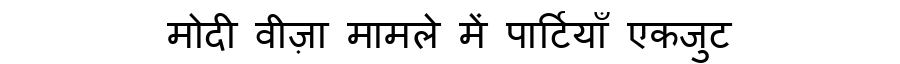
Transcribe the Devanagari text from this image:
मोदी वीज़ा मामले में पार्टियाँ एकजुट